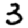
Digit: 3